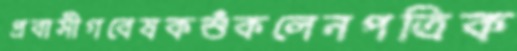
প্রবাসীগবেষকশুঁকলেনপত্রিক